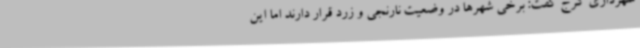
شهرداری کرج گفت: برخی شهرها در وضعیت نارنجی و زرد قرار دارند اما این